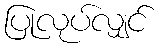
ပြုလုပ်လျှင်